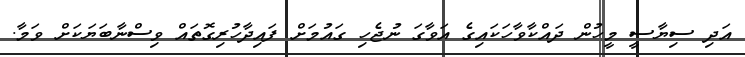
އަދި ސިޔާސީ މީހުން ދައްކާވާހަކައިގެ އަވާގަ ނުޖެހި ގައުމަށް ފައިދާހުރިގޮތައް ވިސްނާބަޔަކަށް ވަމާ.